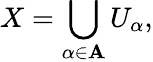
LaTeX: X=\bigcup_{\alpha\in\mathbf{A}}U_{\alpha},